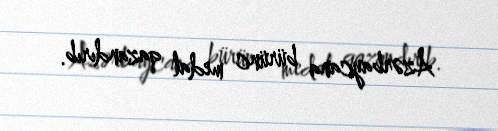
Azərbaycana bürünc medal qazandırıb.